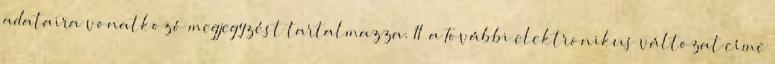
adataira vonatkozó megjegyzést tartalmazza. 11 a További elektronikus változat címe